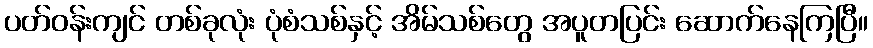
ပတ်ဝန်းကျင် တစ်ခုလုံး ပုံစံသစ်နှင့် အိမ်သစ်တွေ အပူတပြင်း ဆောက်နေကြပြီ။